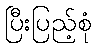
ပြီးပြည့်စုံ